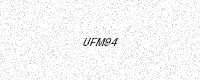
Text: UFM94